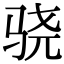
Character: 骁